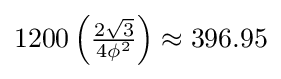
1200\left({\tfrac {2{\sqrt {3}}}{4\phi ^{2}}}\right)\approx 396.95